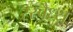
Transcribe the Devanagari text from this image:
रस्वैध्य